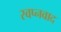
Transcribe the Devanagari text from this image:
स्वप्नवाद